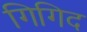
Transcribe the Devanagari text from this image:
गिगिद